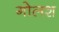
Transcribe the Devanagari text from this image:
गोलश